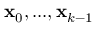
\mathbf { x } _ { 0 } , . . . , \mathbf { x } _ { k - 1 }